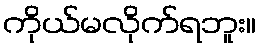
ကိုယ်မလိုက်ရဘူး။